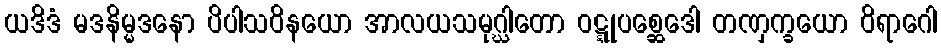
ယဒိဒံ မဒနိမ္မဒနော ပိပါသဝိနယော အာလယသမုဂ္ဃါတော ဝဋ္ဋုပစ္ဆေဒေါ တဏှက္ခယော ဝိရာဂေါ